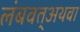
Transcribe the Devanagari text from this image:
लंबवत्अथवा